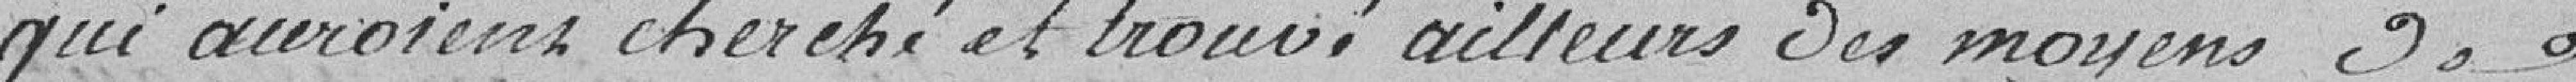
qui auraient cherché et trouvé ailleurs des moyens de